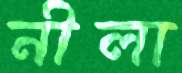
নীলা